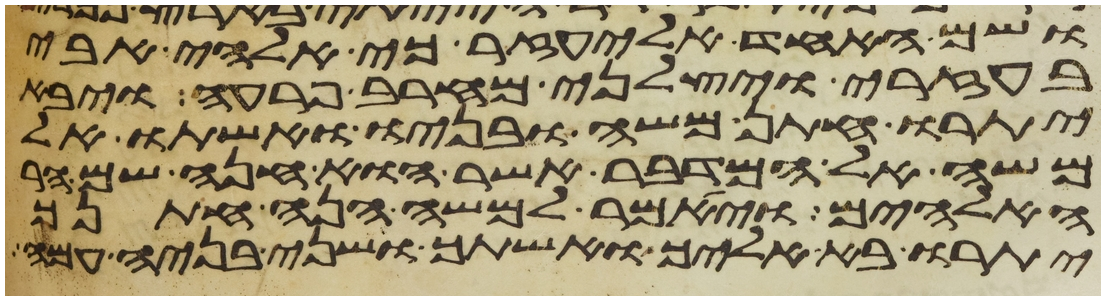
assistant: ושם האחד אליעזר כי אלהי אבי
בעזרי ויצלני מחרב פרעה ויבא
יתרו חתן משה ובניו ואשתו אל
משה אל המדבר אשר הוא חנה שם הר
האלהים ויאמר למשה הנה חתנך
יתרו בא אליך ואשתך ושני בניה עמה